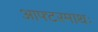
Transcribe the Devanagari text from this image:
आफ्टरमाथः